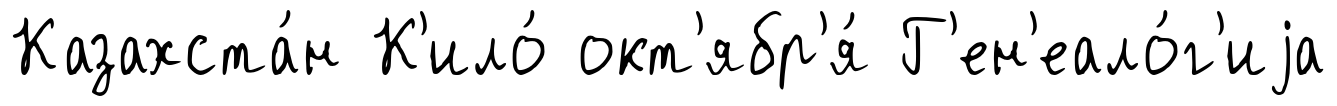
Казахста́н К'ило́ окт'ябр'я́ Г'ен'еало́г'иjа